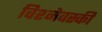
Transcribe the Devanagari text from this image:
विश्नेवस्की